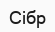
Сібр